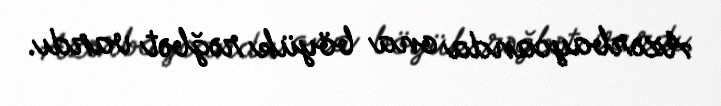
Azərbaycanda ona böyük rəğbət vardı.